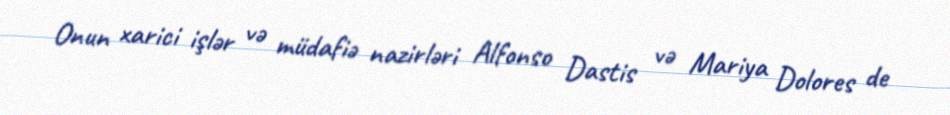
Onun xarici işlər və müdafiə nazirləri Alfonso Dastis və Mariya Dolores de